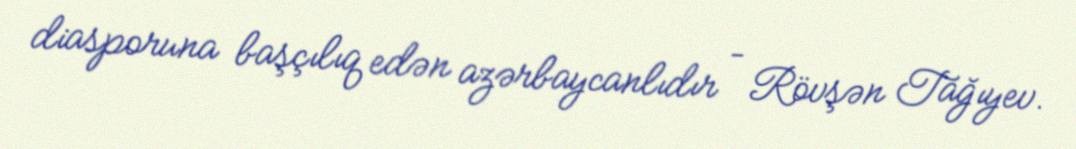
diasporuna başçılıq edən azərbaycanlıdır – Rövşən Tağıyev.